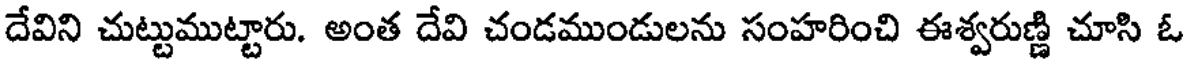
దేవిని చుట్టుముట్టారు. అంత దేవి చండముండులను సంహరించి ఈశ్వరుణ్ణి చూసి ఓ